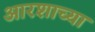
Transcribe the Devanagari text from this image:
आरशाच्या